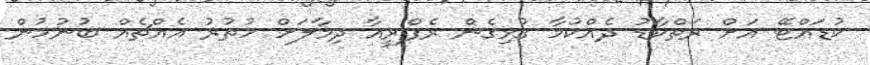
ކުޑައްޓޭ އަށް ރަތްކާޑު ދެއްކުމާ ގުޅިގެން ރެފްރީއާ ދިމާލަށް ހުތުރު އެއްޗެއް ބުނުމުން